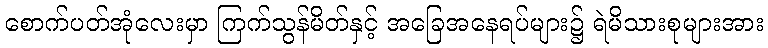
စောက်ပတ်အုံလေးမှာ ကြက်သွန်မိတ်နှင့် အခြေအနေရပ်များ၌ ရဲမိသားစုများအား